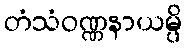
တံသံဝဏ္ဏနာယမ္ပိ